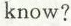
know?